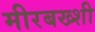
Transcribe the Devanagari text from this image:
मीरबख्शी